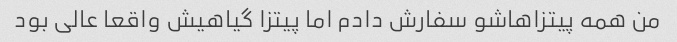
من همه پیتزاهاشو سفارش دادم اما پیتزا گیاهیش واقعا عالی بود